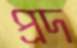
প্রদ